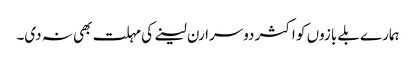
ہمارے بلے بازوں کو اکثر دوسرا رن لینے کی مہلت بھی نہ دی۔